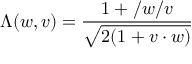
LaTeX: \Lambda ( w , v ) = \frac { 1 + \slash w \slash v } { \sqrt { 2 ( 1 + v \cdot w ) } }